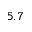
5 . 7